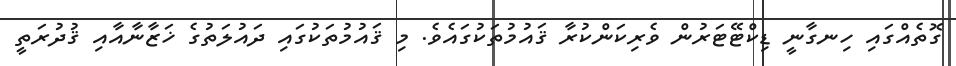
ގޮތެއްގައި ހިނގާނީ ޑިކްޓޭޓަރުން ވެރިކަންކުރާ ޤައުމުތަކުގައެވެ. މި ޤައުމުތަކުގައި ދައުލަތުގެ ޚަޒާނާއާއި ޤުދުރަތީ